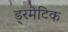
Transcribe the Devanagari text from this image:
ड्रमेटिक